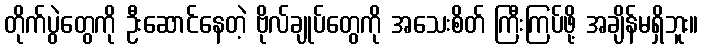
တိုက်ပွဲတွေကို ဦးဆောင်နေတဲ့ ဗိုလ်ချုပ်တွေကို အသေးစိတ် ကြီးကြပ်ဖို့ အချိန်မရှိဘူး။